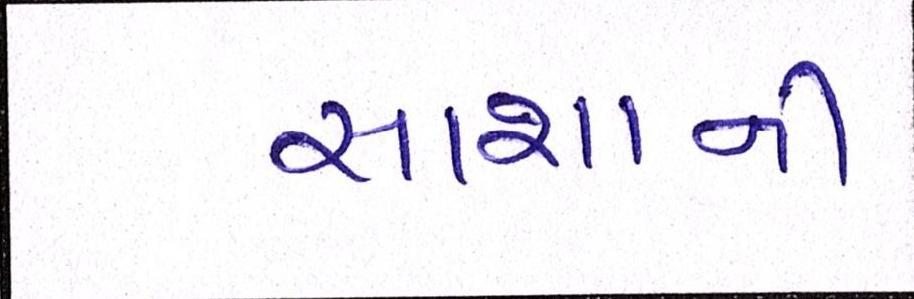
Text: સાશાની